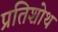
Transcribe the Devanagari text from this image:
प्रतिशोथ